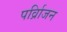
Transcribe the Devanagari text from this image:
पर्व्रािजन